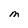
Character: M